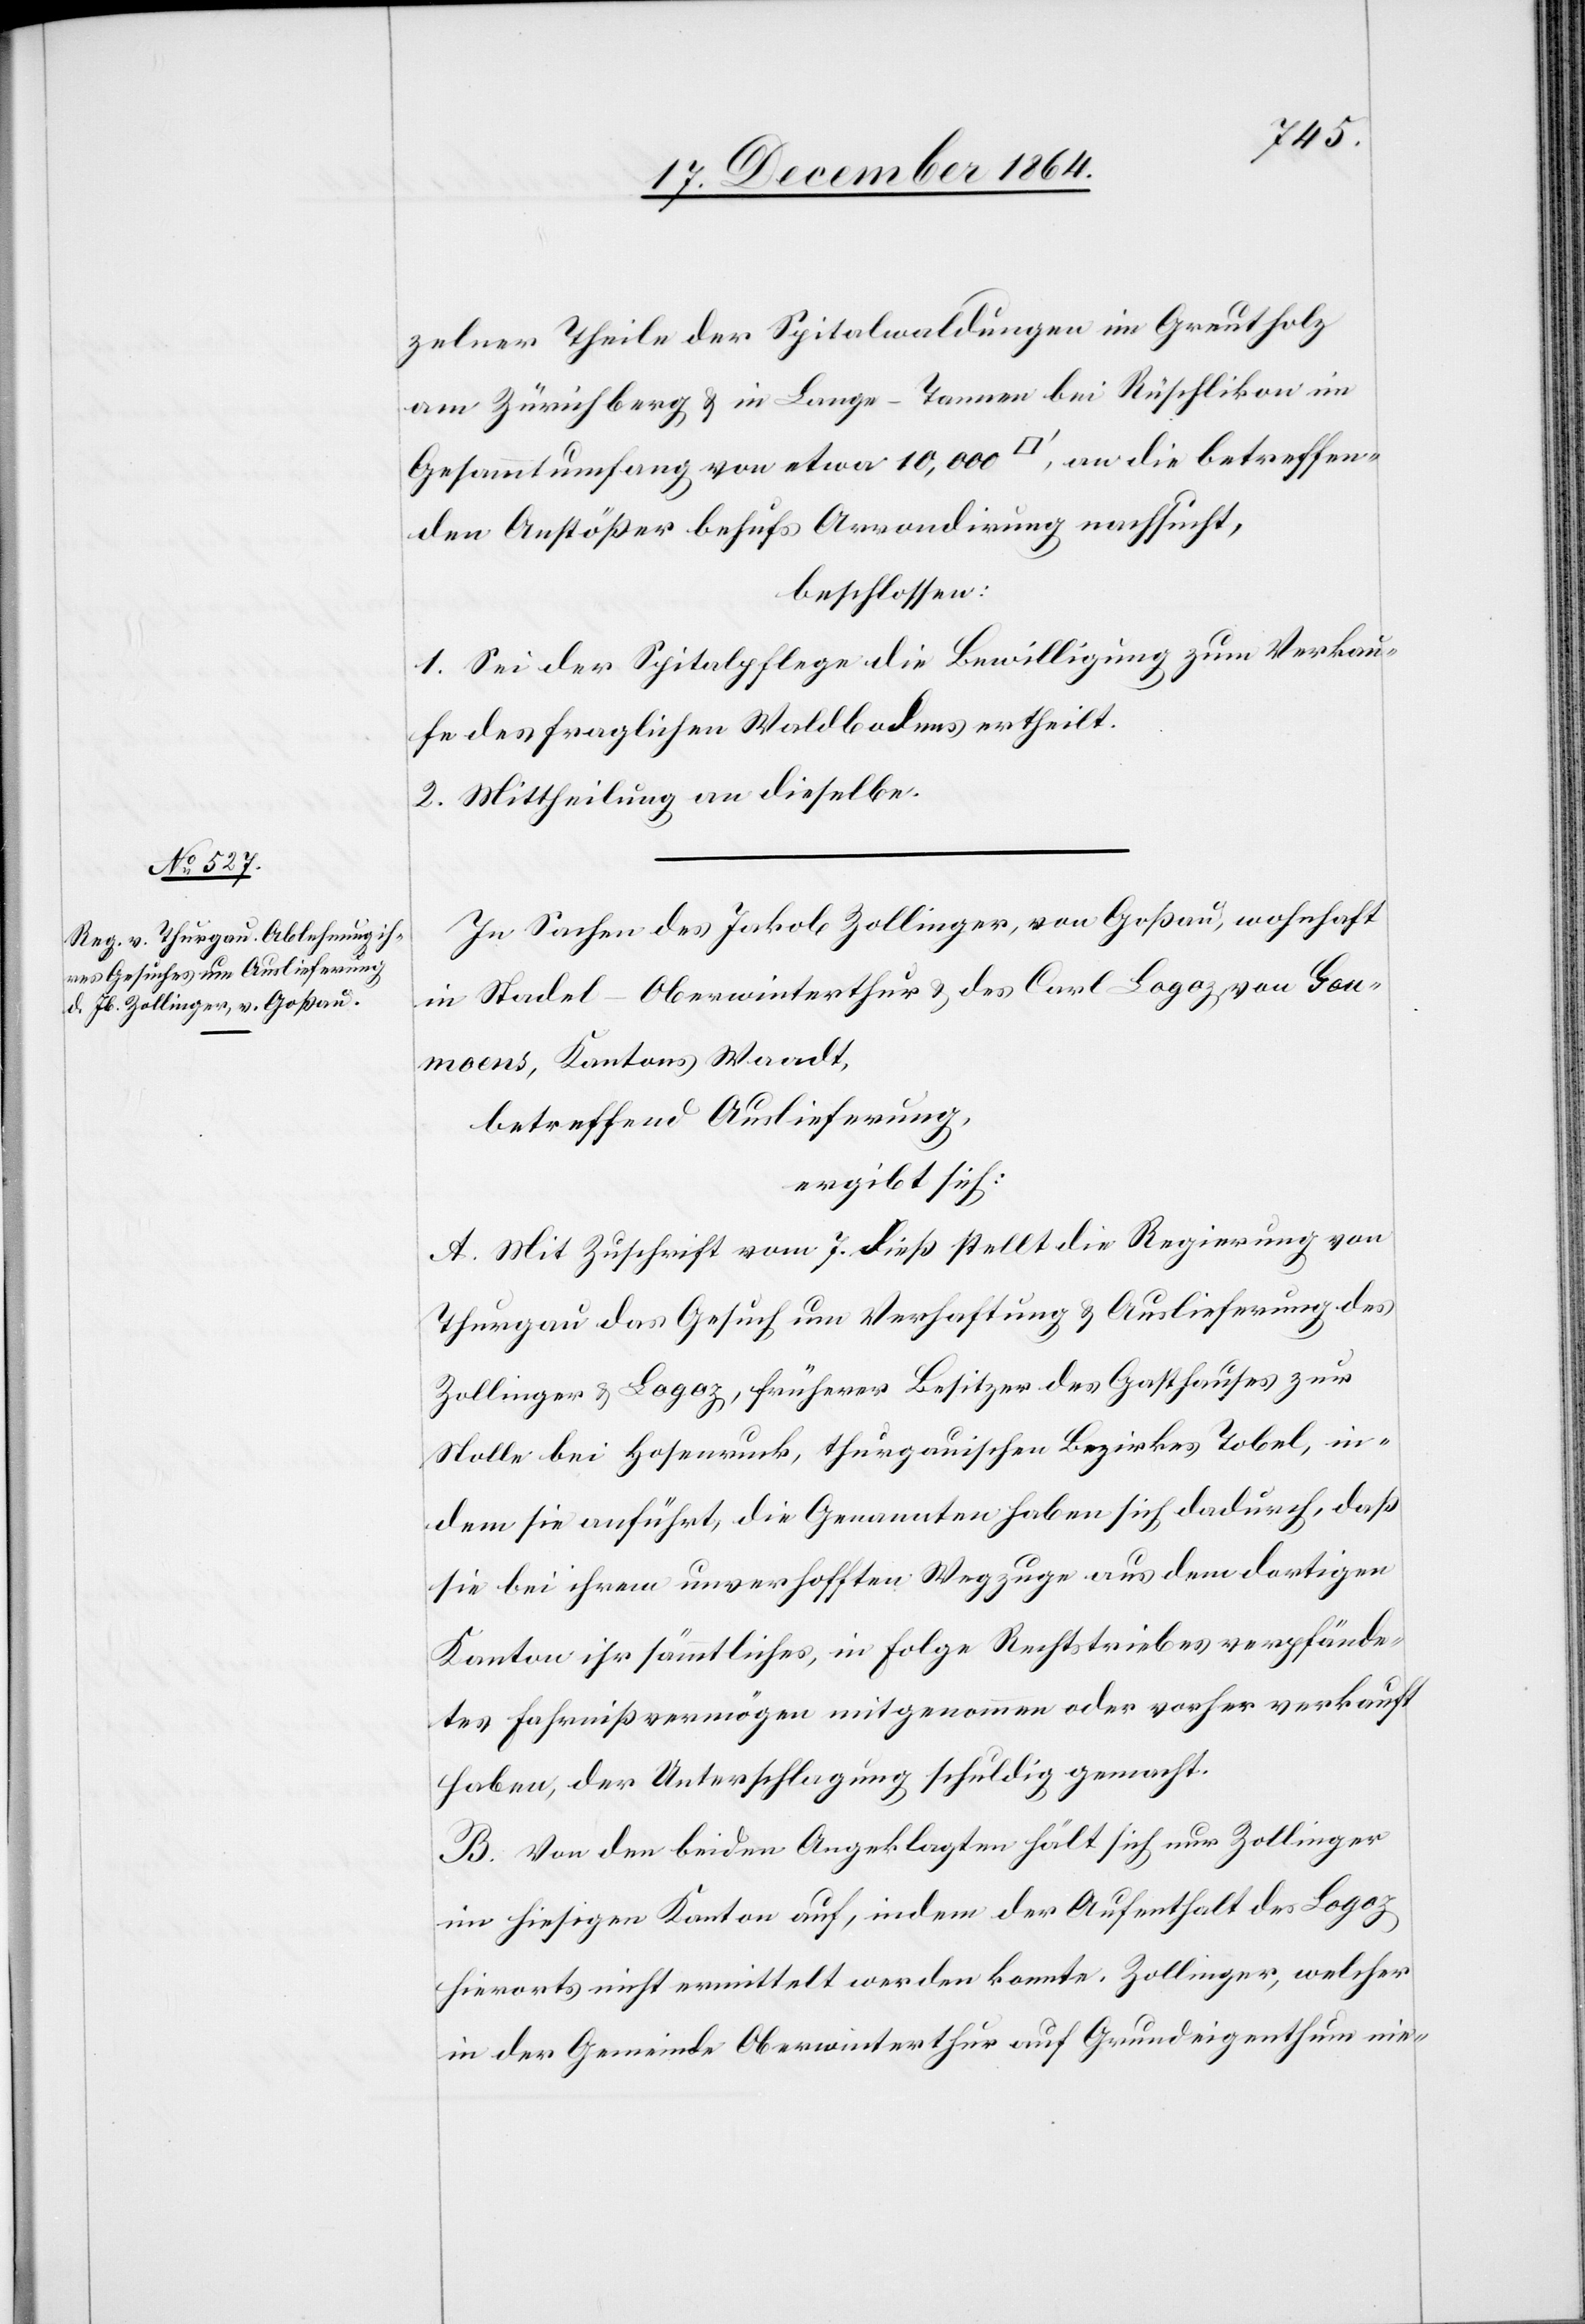
zelner Theile der Spitalwaldungen im Greutholz
am Zürichberg & in Lange-Tannen bei Rüschlikon im
Gesamtumfang von etwa 10,000 [Quadratfuß], an die betreffen¬
den Anstößer behufs Arrondirung nachsucht,
beschlossen:
1. Sei der Spitalpflege die Bewilligung zum Verkau¬
fe des fraglichen Waldbodens ertheilt.
2. Mittheilung an dieselbe.
In Sachen des Jakob Zollinger, von Goßau, wohnhaft
in Stadel - Oberwinterthur & des Carl Logoz von Gou¬
moens, Kantons Waadt,
betreffend Auslieferung,
ergibt sich:
A. Mit Zuschrift vom 7. dieß stellt die Regierung von
Thurgau das Gesuch um Verhaftung & Auslieferung des
Zollinger & Logoz, früherer Besitzer des Gasthauses zur
Stolle bei Hosenruck, thurgauischen Bezirkes Tobel, in¬
dem sie anführt, die Genannten haben sich dadurch, daß
sie bei ihrem unverhofften Wegzuge aus dem dortigen
Kanton ihr sämmtliches, in Folge Rechtstriebes verpfände¬
tes Fahrnißvermögen mitgenommen oder vorher verkauft
haben, der Unterschlagung schuldig gemacht.
B. Von den beiden Angeklagten hält sich nur Zollinger
im hiesigen Kanton auf, indem der Aufenthalt des Logoz
hierorts nicht ermittelt werden konnte. Zollinger, welcher
in der Gemeinde Oberwinterthur auf Grundeigenthum nie-